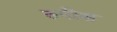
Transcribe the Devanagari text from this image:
रुपीस